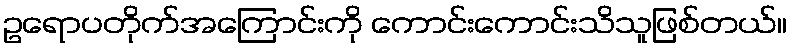
ဥရောပတိုက်အကြောင်းကို ကောင်းကောင်းသိသူဖြစ်တယ်။